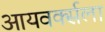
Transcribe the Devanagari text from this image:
आयवर्क्सला